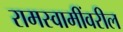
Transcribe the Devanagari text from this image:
रामस्वामींवरील